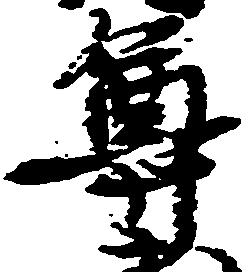
尊